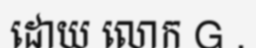
ដោយ លោក G .